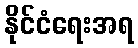
နိုင်ငံရေးအရ